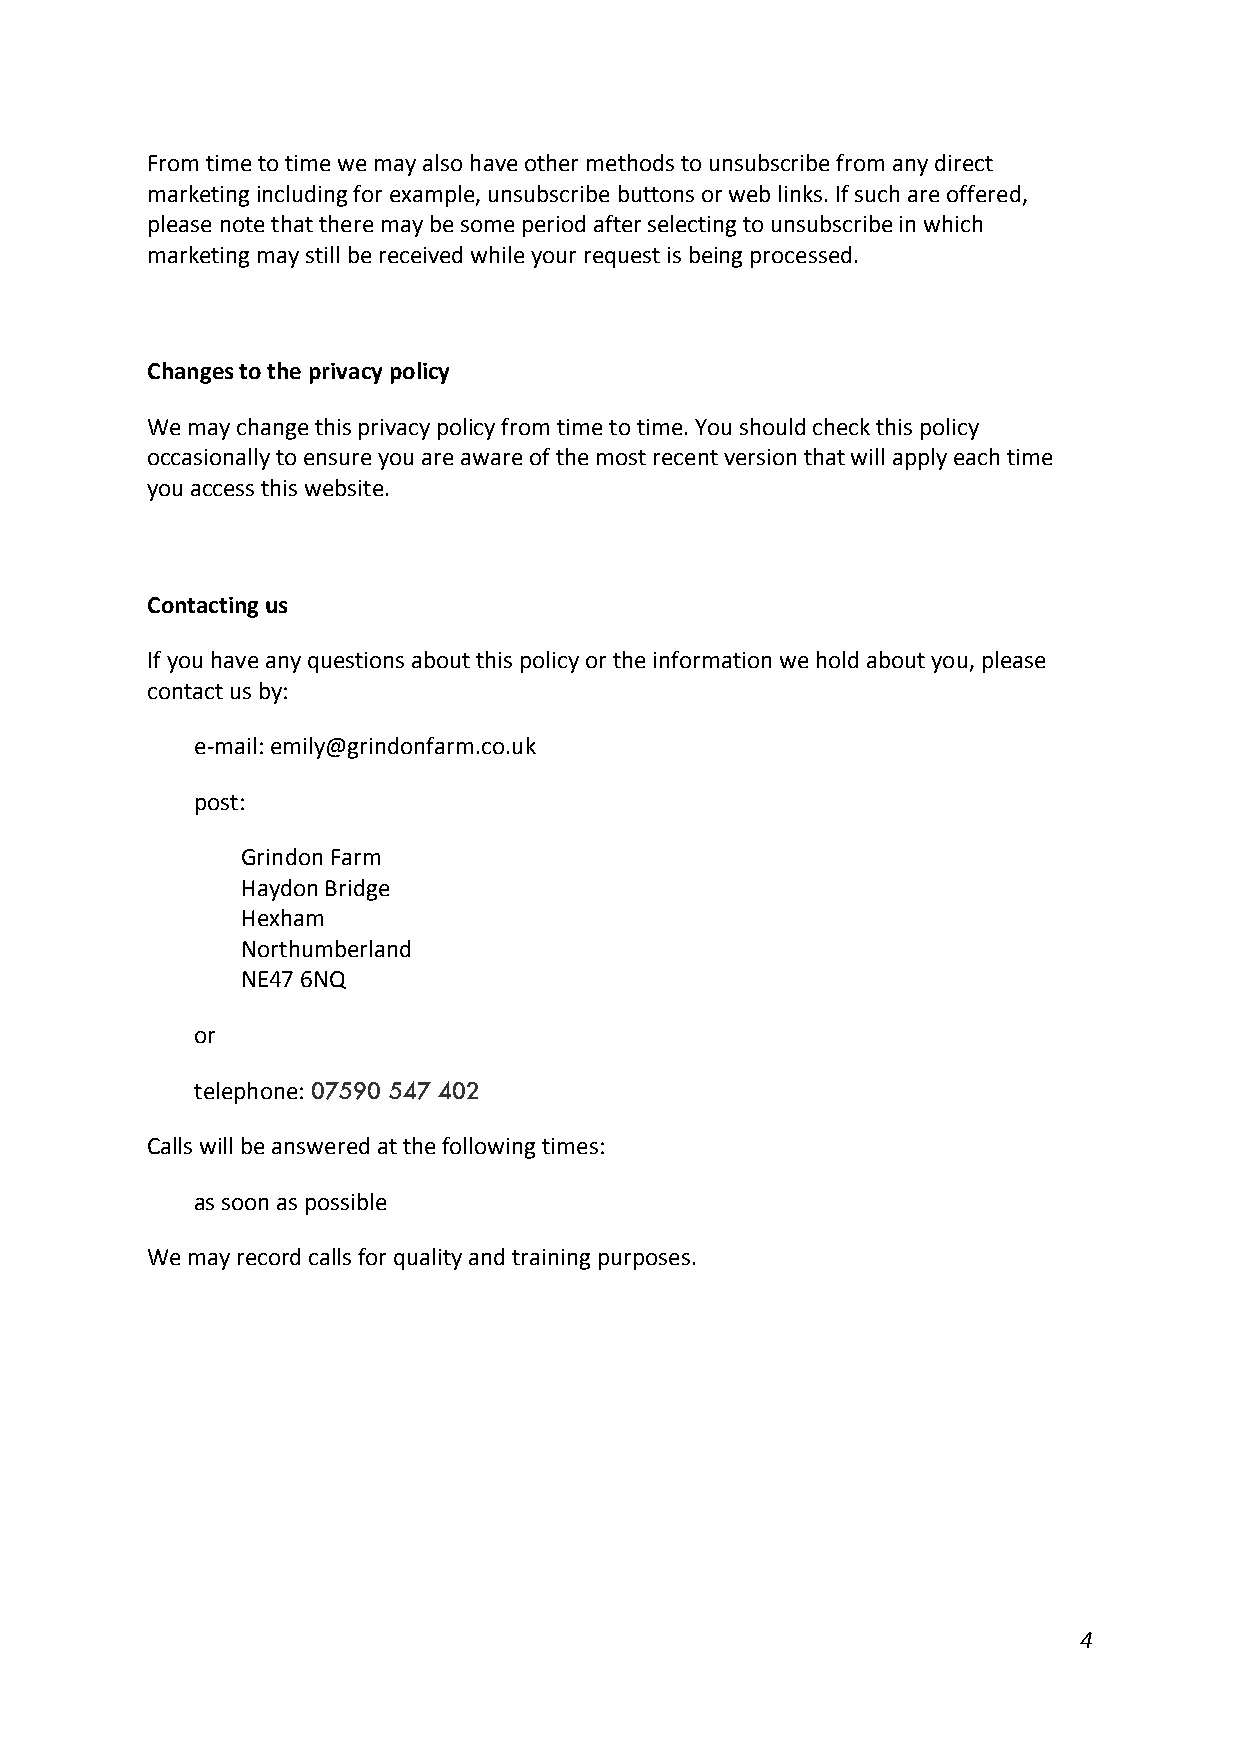
From time to time we may also have other methods to unsubscribe from any direct
 marketing including for example, unsubscribe buttons or web links. If such are offered,
 please note that there may be some period after selecting to unsubscribe in which
 marketing may still be received while your request is being processed.
 Changes to the privacy policy
 We may change this privacy policy from time to time. You should check this policy
 occasionally to ensure you are aware of the most recent version that will apply each time
 you access this website.
 Contacting us
 If you have any questions about this policy or the information we hold about you, please
 contact us by:
 e-mail: emily@grindonfarm.co.uk
 post:
 Grindon Farm
 Haydon Bridge
 Hexham
 Northumberland
 NE47 6NQ
 or
 telephone: 07590 547 402
 Calls will be answered at the following times:
 as soon as possible
 We may record calls for quality and training purposes.
 4